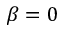
\beta = 0